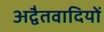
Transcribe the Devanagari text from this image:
अद्वैतवादियों